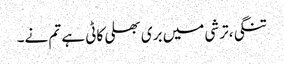
تنگی،ترشی میں بری بھلی کاٹی ہے تم نے۔